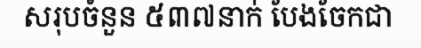
សរុបចំនួន ៥៣៧នាក់ បែងចែកជា